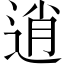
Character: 逍